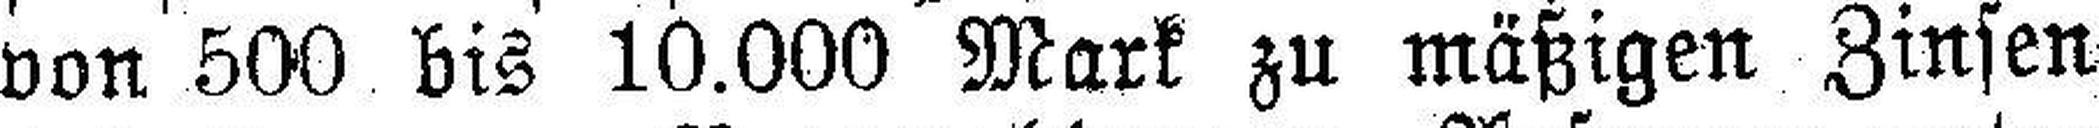
von 500 bis 10.000 Mark zu mäßigen Zinsen